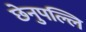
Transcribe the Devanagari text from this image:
छेनुपल्लि